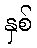
နှစ်